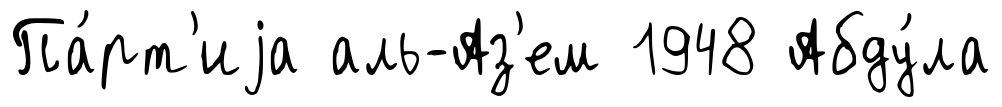
Па́рт'иjа аль-Аз'ем 1948 Абду́ла